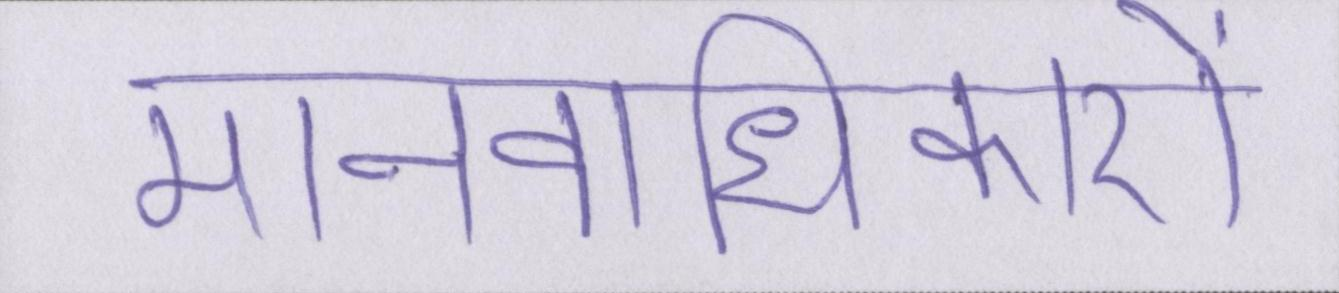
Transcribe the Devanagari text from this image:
मानवाधिकारों